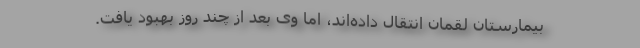
بیمارستان لقمان انتقال داده‌اند، اما وی بعد از چند روز بهبود یافت.